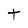
Character: t